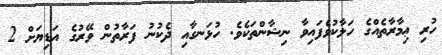
ހުރި ޢިމާރާތެއްގެ ހަލާކުވެފައިވާ ނިޝާންތަކެވެ. ހުޅަނގާއި ދެކުނު ފަރާތުން ވޭރުގެ އަޑިޔަށް 2